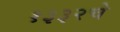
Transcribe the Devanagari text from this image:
१३३२चे